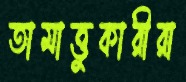
তামাত্তুকারীরা